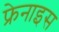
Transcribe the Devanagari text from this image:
फ्रेनाइस